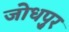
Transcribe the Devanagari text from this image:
जोधपु्र